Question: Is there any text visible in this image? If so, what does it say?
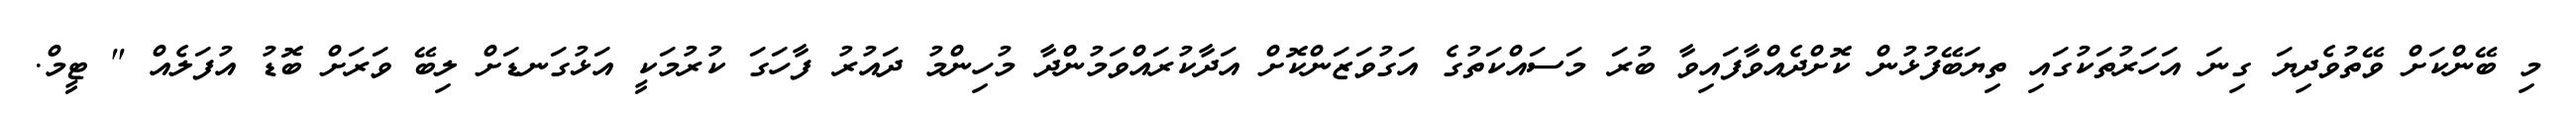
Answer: މި ބޭންކަށް ވޭތުވެދިޔަ ގިނަ އަހަރުތަކުގައި ތިޔަބޭފުޅުން ކޮށްދެއްވާފައިވާ ބުރަ މަސައްކަތުގެ އަގުވަޒަންކޮށް އަދާކުރައްވަމުންދާ މުހިންމު ދައުރު ފާހަގަ ކުރުމަކީ އަޅުގަނޑަށް ލިބޭ ވަރަށް ބޮޑު އުފަލެއް " ޓީމް.